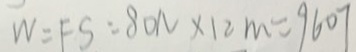
W = F S = 8 0 N \times 1 2 m = 9 6 0 7